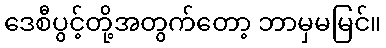
ဒေစီပွင့်တို့အတွက်တော့ ဘာမှမမြင်။